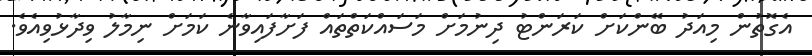
އެގޮތުން މިއަދު ބޭންކަށް ކަރަންޓު ދިނުމަށް މަސައްކަތްތައް ފަށާފައިވާނެ ކަމަށް ނިމާލު ވިދާޅުވިއެވެ.